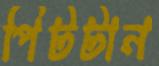
পিটটান